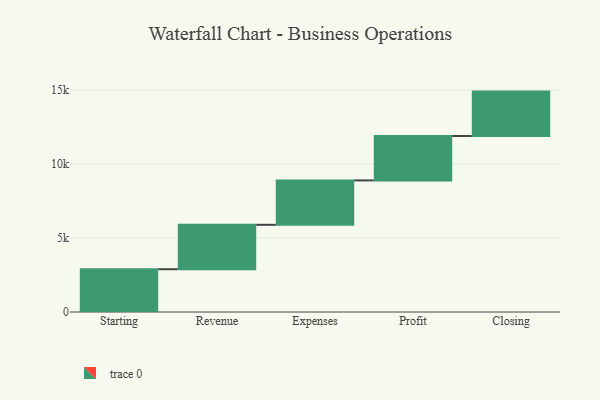
{"axis": {"x": "Step", "y": "Value"}, "legend": [""], "data": [{"x": "Starting", "y": 2891.0, "type": ""}, {"x": "Revenue", "y": 3000, "type": ""}, {"x": "Expenses", "y": 3000, "type": ""}, {"x": "Profit", "y": 3000, "type": ""}, {"x": "Closing", "y": 3000, "type": ""}]}